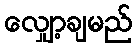
လျှော့ချမည်